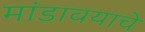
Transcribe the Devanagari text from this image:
मांडावयाचे